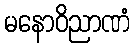
မနောဝိညာဏံ